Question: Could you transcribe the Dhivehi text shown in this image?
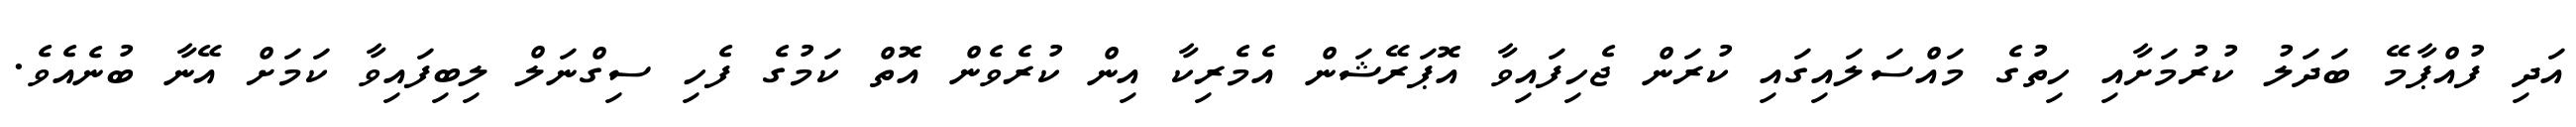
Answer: އަދި ފުއްޕާމޭ ބަދަލު ކުރުމަށާއި ހިތުގެ މައްސަލައިގައި ކުރަން ޖެހިފައިވާ އޮޕަރޭޝަން އެމެރިކާ އިން ކުރެވެން އޮތް ކަމުގެ ފެހި ސިގްނަލް ލިބިފައިވާ ކަމަށް އޭނާ ބުނެއެވެ.